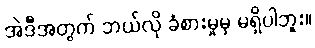
အဲဒီအတွက် ဘယ်လို ခံစားမှုမှ မရှိပါဘူး။